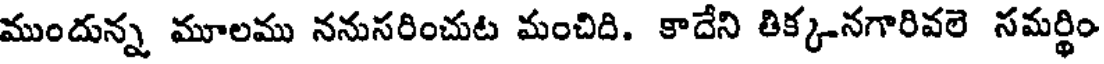
ముందున్న మూలము ననుసరించుట మంచిది. కాదేని తిక్కనగారివలె సమర్థిం